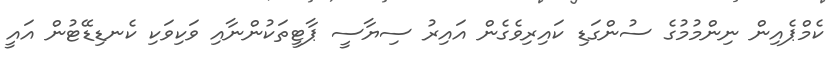
ކެމްޕެއިން ނިންމުމުގެ ސުންގަޑި ކައިރިވެގެން އައިރު ސިޔާސީ ޕާޓީތަކުންނާއި ވަކިވަކި ކެނޑިޑޭޓުން އައީ